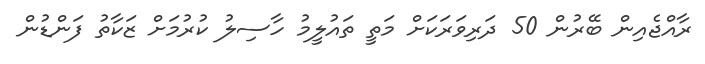
ރާއްޖެއިން ބޭރުން 50 ދަރިވަރަކަށް މަތީ ތައުލީމު ހާސިލު ކުރުމަށް ޒަކާތު ފަންޑުން